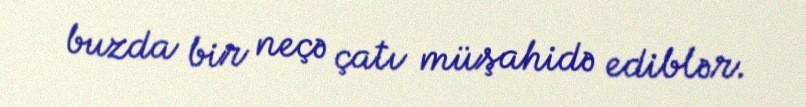
buzda bir neçə çatı müşahidə ediblər.